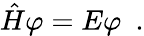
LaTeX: \hat{H}\varphi=E\varphi\ \ .